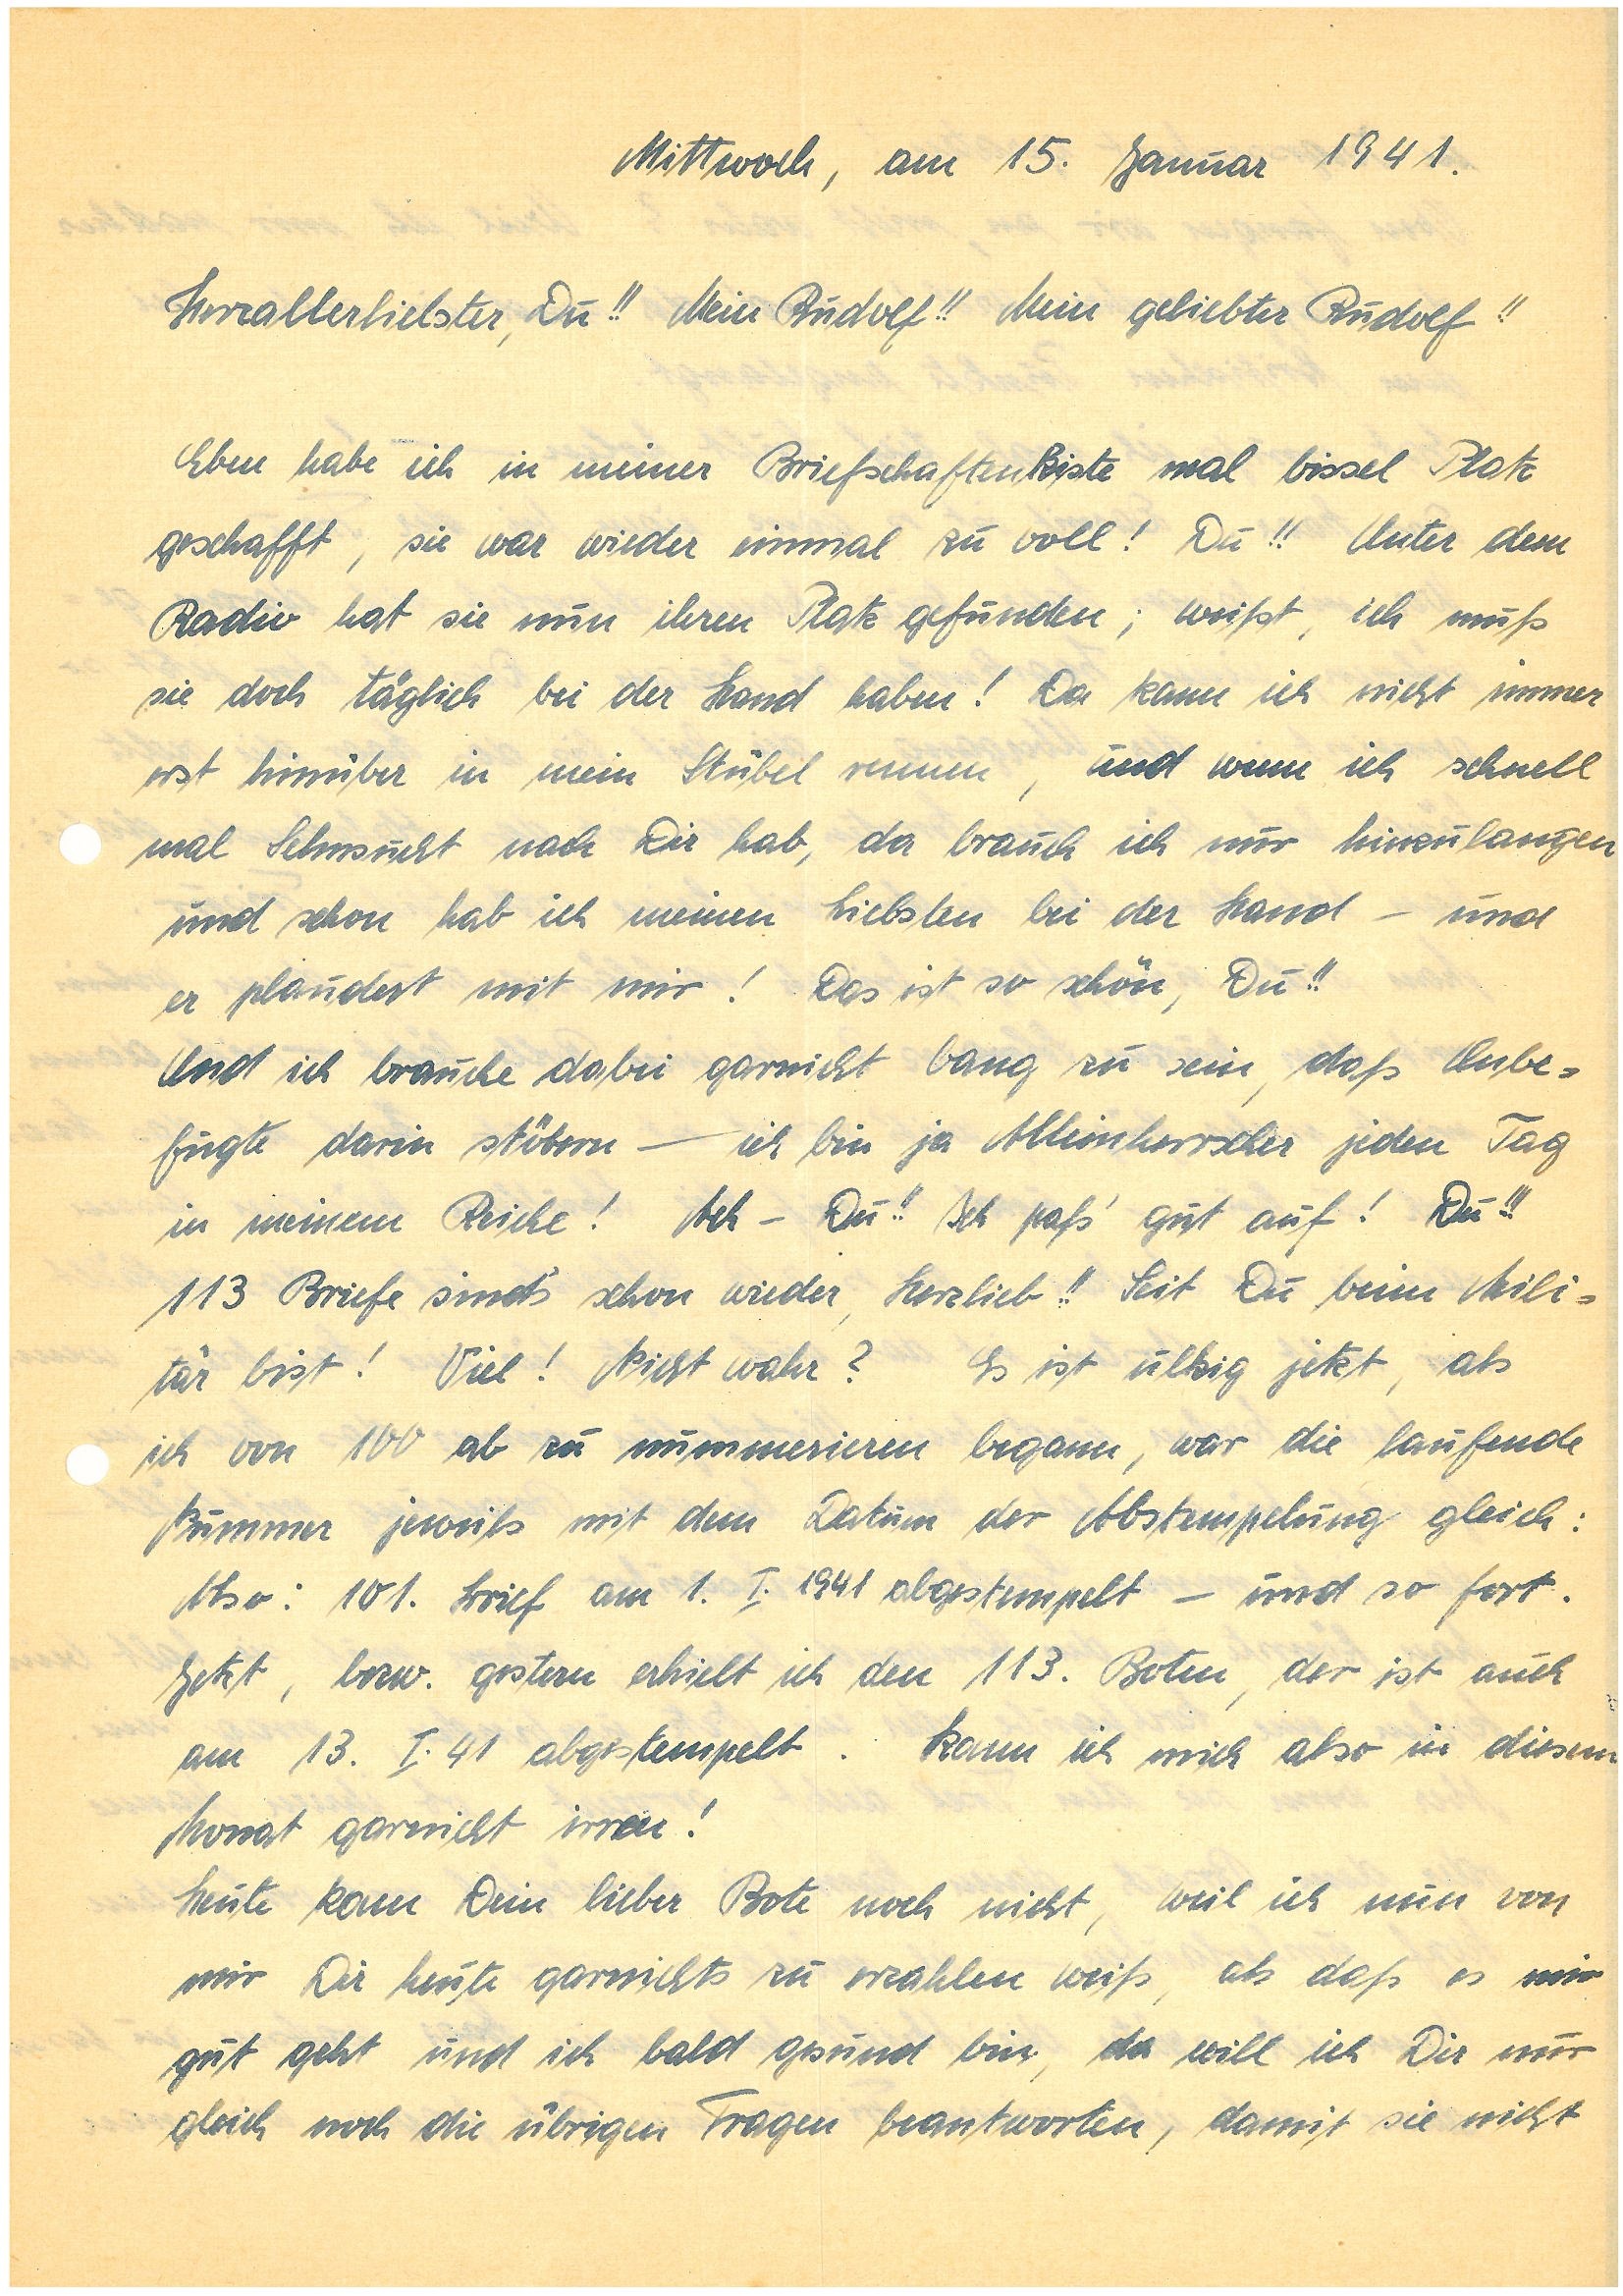
Mittwoch, am 15. Januar 1941.
Herzallerliebster, Du!! Mein!! Mein geliebter!!
Eben habe ich in meiner Briefschaftenkiste mal bissel Platz
geschafft, sie war wieder einmal zu voll! Du!! Unter dem
Radio hat sie nun ihren Platz gefunden; weißt, ich muß
sie doch täglich bei der Hand haben! Da kann ich nicht immer
erst hinüber in mein Stüberl rennen, und wenn ich schnell
mal Sehnsucht nach Dir hab, da brauch ich nur hinzulangen
und schon hab ich meinen Liebsten bei der Hand – und
er plaudert mit mir! Das ist so schön, Du!!
Und ich brauche dabei garnicht bang zu sein, daß Unbe¬
fugte darin stöbern — ich bin ja Alleinherrscher jeden Tag
in meinem Reiche! Ach – Du!! Ich paß’ gut auf! Du!!!
113 Briefe sind’s schon wieder, Herzlieb!! Seit Du beim Mili¬
tär bist! Viel! Nicht wahr? Es ist ulkig jetzt, als
ich von 100 ab zu nummerieren begann, war die laufende
Nummer jeweils mit dem Datum der Abstempelung gleich:
Also: 101. Brief am 1.I.1941 abgestempelt — und so fort.
Jetzt, bzw. gestern erhielt ich den 113. Boten, der ist auch
am 13.I.41 abgestempelt. Kann ich mich also in diesem
Monat garnicht irren!
Heute kam Dein lieber Bote noch nicht, weil ich nun von
mir Dir heute garnichts zu erzählen weiß, als daß es mir
gut geht und ich bald gesund bin, da will ich Dir nur
gleich noch die übrigen Fragen beantworten, damit sie nicht